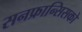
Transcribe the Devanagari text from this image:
सनफ्रान्सिसको